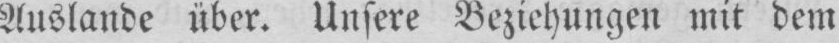
Auslande über. Unsere Beziehungen mit dem